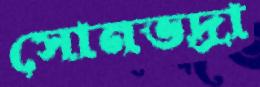
সোনভদ্রা